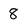
Character: 8